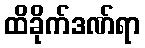
ထိခိုက်ဒဏ်ရာ